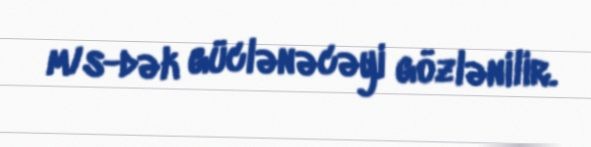
m/s-dək güclənəcəyi gözlənilir.